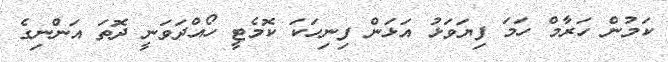
ކަމުން ހަރާމް ހަމަ ފިޔަވަޅު އަޅަން ފިނިހަކަ ކޮމެޓީ ހޯއްދަވަނީ ދޮތަ އަންނިގެ